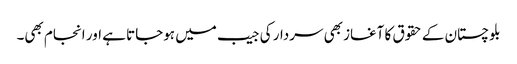
بلوچستان کے حقوق کا آغاز بھی سردار کی جیب میں ہوجاتا ہے اور انجام بھی۔